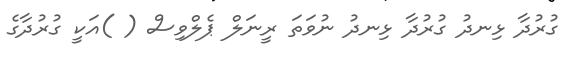
ގުރުދާ ޅިނދު ގުރުދާ ޅިނދު ނުވަތަ ރީނަލް ޕެލްވިސް ( )އަކީ ގުރުދާގެ